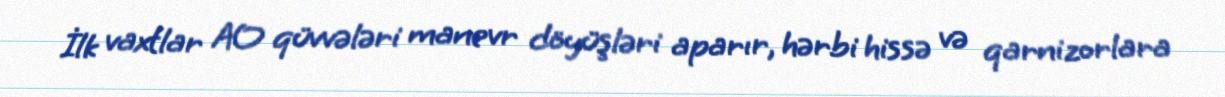
İlk vaxtlar AO qüvvələri manevr döyüşləri aparır, hərbi hissə və qarnizorlara